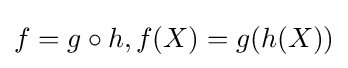
f=g\circ h,f(X)=g(h(X))